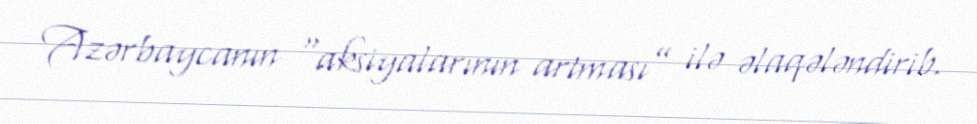
Azərbaycanın “aksiyalarının artması” ilə əlaqələndirib.